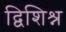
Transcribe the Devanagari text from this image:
द्विशिश्न